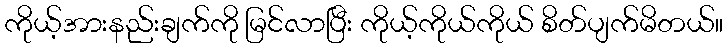
ကိုယ့်အားနည်းချက်ကို မြင်လာပြီး ကိုယ့်ကိုယ်ကိုယ် စိတ်ပျက်မိတယ်။